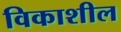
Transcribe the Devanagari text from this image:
विकाशील